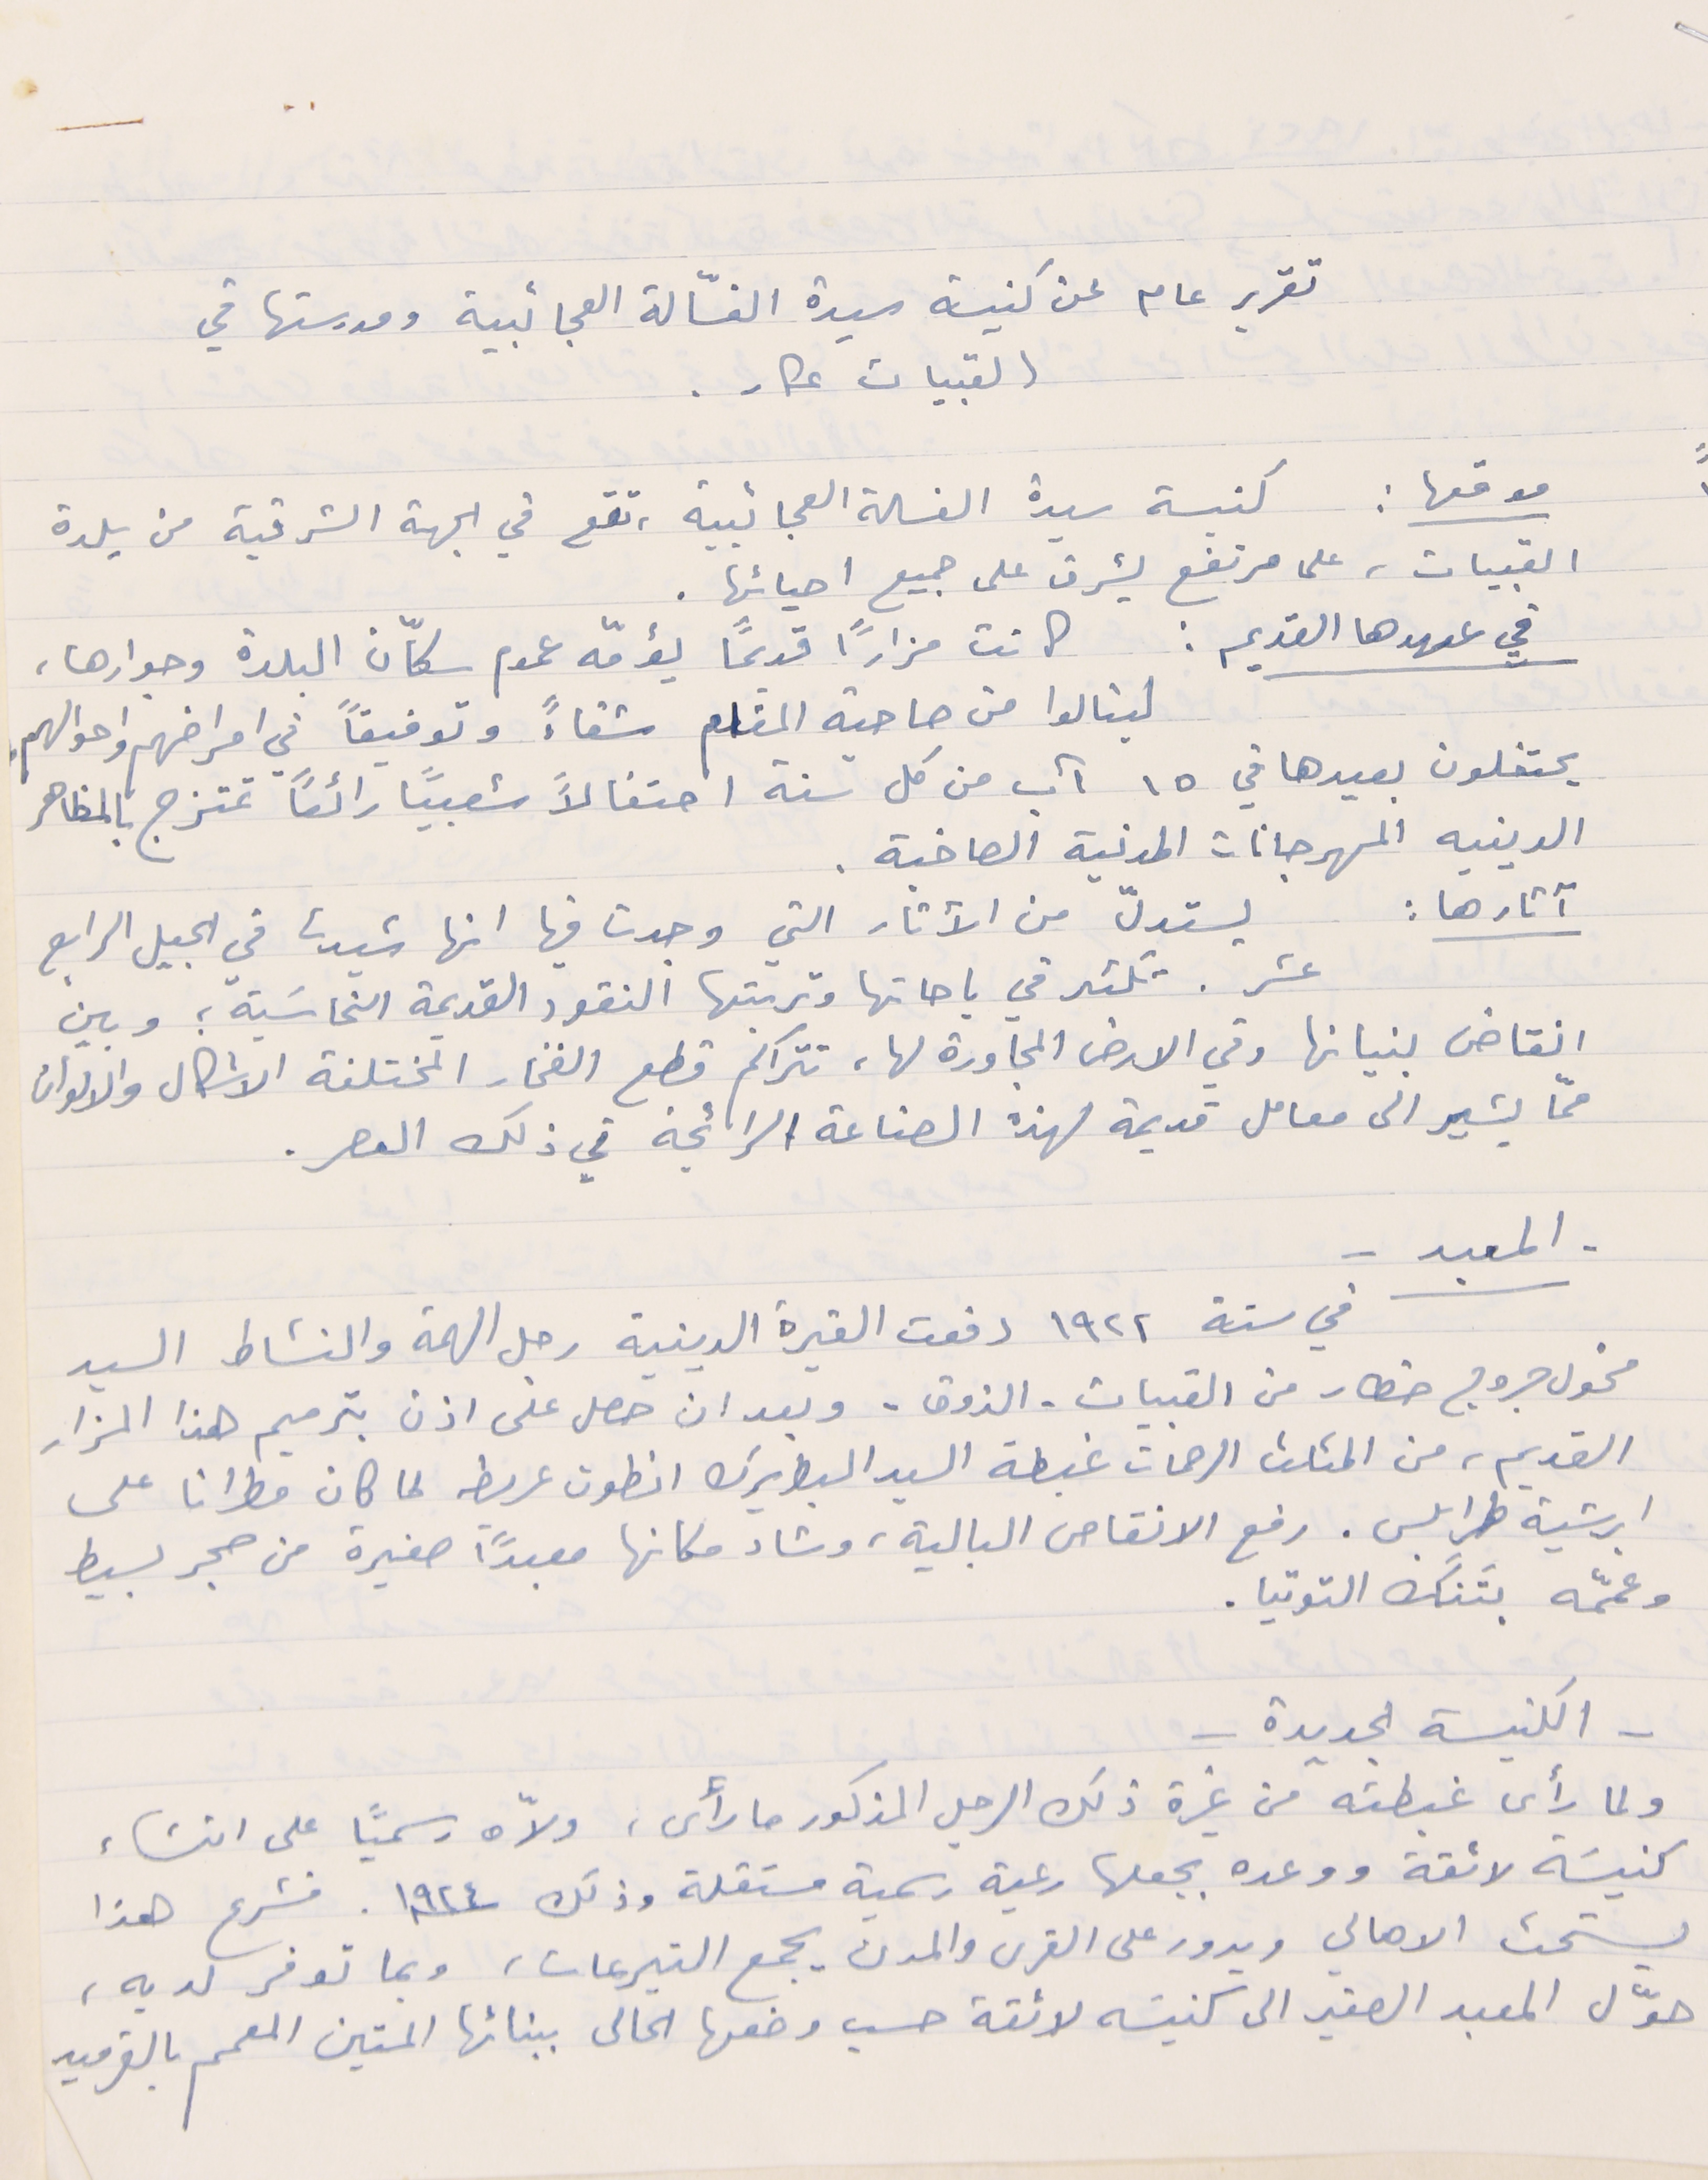
تقرير عام عن كنيسة سيدة الغسّالة العجائبية ومدرستها في
القبيات عكار .
موقعها : كنيسة سيدة الغسالة العجائبية، تقع في الجهة الشرقية من بلدة
القبيات، على مرتفع يشرف على جميع احيائها.
في عهدها القديم : كانت مزاراً قديماً يؤمّه عموم سكّان البلدة وجوارها،
لينالوا من صاحبة المقام شفاءً وتوفيقاً في امراضهم واحوالهم.
يحتفلون بعيدها في ١٥ آب من كل سنة احتفالاً شعبياً رائعًا تمتزج بالمظاهر
الدينيه المهرجانات المدنية الصاخبة.
آثارها : يستدلّ من الآثار التي وجدت فيها انها شيدت في الجيل الرابع
عشر. تكثر في باحاتها وتربتها النقود القديمة النحاسَية ؛ وبين
انقاض بنيانها وفي الارض المجاورة لها، تتراكم قطع الفخار المختلفة الاشكال والالوان
ممّا يشير الى معامل قديمة لهذه الصناعة الرائجة في ذلك العصر.
في سنة ١٩٢٢ دفعت الغيرة الدينية رجل الهمة والنشاط السيد
مخول جروج خطار من القبيات - الذوق - وبعد ان حصل على اذن بترميم هذا المزار
القديم، من المثلث الرحمات غبطة السيد البطريرك انطون عريضه لما كان مطرانا على
ابرشية طرابلس. رفع الانقاص البالية، وشاد مكانها معبداً صغيرة من حجر بسيط
وعمّمه بتَنَك التوتيا.
 - الكنيسة الجديدة -
ولما رأى غبطته من غيرة ذلك الرجل المذكور ما رأى، ولاّه رسميًا على انشاء
 كنيسَة لائقة ووعده بجعلها رعية رسمية مستقلة وذلك سنة ١٩٢٤. فشرع هذا
يستحث الاهالي ويدور على القرى والمدن يجمع التبرعات، وبما توفر لديه،
- المعبد -
حوّل المعبد الصغير الى كنيسَه لائقة حسب وضعها الحالى ببنائها المتين المعمم بالقرميد